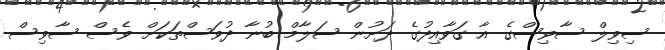
ސިވިލް ސާވިސްގެ އާ ގަވާއިދުގެ ދަށުން ސަލާމް ބުނާ ދުވަސްތަކަށް ވެސް ސާވިސް